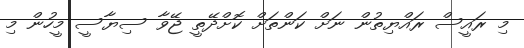
މި ރައީސް ރައްޔިތުން ނަށް ކަންތަށް ކޮށްދޭތީ ޖޭވާ ސިޔާސީ މީހުން މި